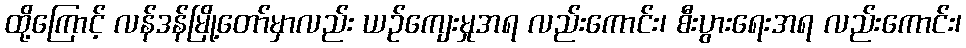
ထို့ကြောင့် လန်ဒန်မြို့တော်မှာလည်း ယဉ်ကျေးမှုအရ လည်းကောင်း၊ စီးပွားရေးအရ လည်းကောင်း၊